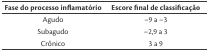
<table><thead><tr><td><b>Fase do processo inflamatório</b></td><td><b>Escore final de classificação</b></td></tr></thead><tbody><tr><td>Agudo</td><td>–9 a –3</td></tr><tr><td>Subagudo</td><td>–2,9 a 3</td></tr><tr><td>Crônico</td><td>3 a 9</td></tr></tbody></table>